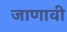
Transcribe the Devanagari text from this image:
जाणावी़